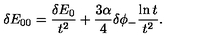
\delta E _ { 0 0 } = \frac { \delta E _ { 0 } } { t ^ { 2 } } + \frac { 3 \alpha } { 4 } \delta \phi _ { - } \frac { \ln t } { t ^ { 2 } } .